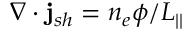
\nabla \cdot \mathbf { j } _ { s h } = n _ { e } \phi / L _ { | | }